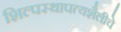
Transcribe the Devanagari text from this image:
शिल्पस्थापत्यशैलीचे